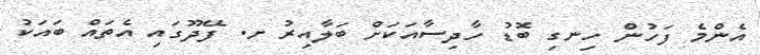
އެންމެ ފަހުން ހިނގި ބޮޑު ހާދިސާއަކަށް ބަލާއިރު ށ. ފޭދޫގައި އެތައް ބައަކު